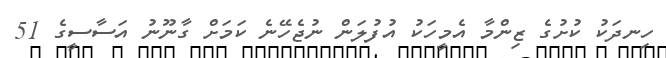
ހިނދަކު ކުށުގެ ޒިންމާ އެމީހަކު އުފުލަން ނުޖެހޭނެ ކަމަށް ގާނޫނު އަސާސީގެ 51